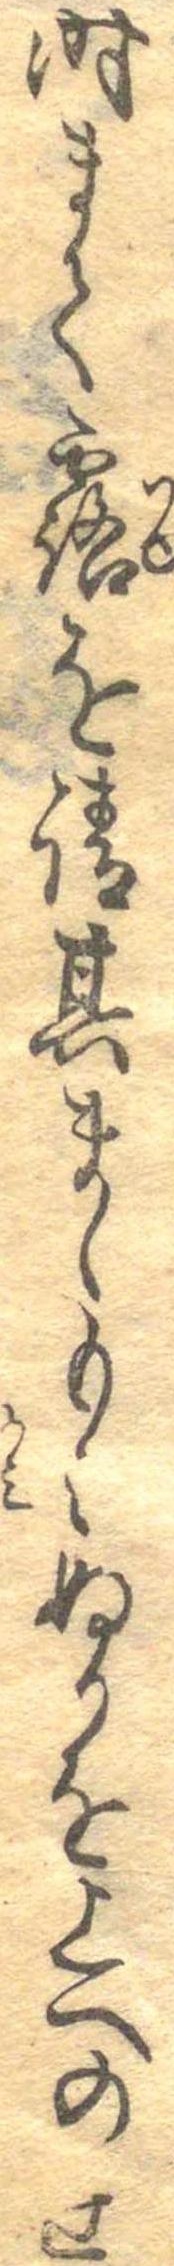
時まて露を請其まゝもみぬかを上へのせ